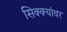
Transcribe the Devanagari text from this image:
सिक्क्यांवर